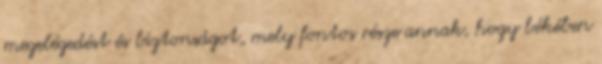
megelégedést és biztonságot, mely fontos része annak, hogy békében